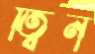
ত্বিন